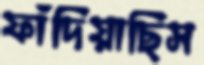
ফাঁদিয়াছিস